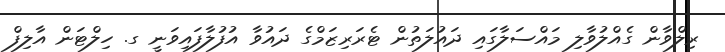
ރިލްވާން ގެއްލުވާލި މައްސަލާގައި ދައުލަތުން ޓެރަރިޒަމްގެ ދައުވާ އުފުލާފައިވަނީ ގ. ހިލްޓަން އާލިފް